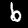
Digit: 6